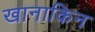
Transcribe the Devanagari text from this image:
खानाकिन